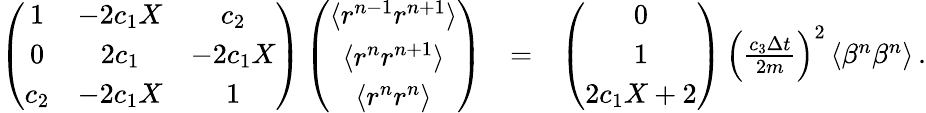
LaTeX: \begin{array}{rlr}{\left(\begin{array}{ccc}{1}&{-2c_{1}X}&{c_{2}}\\ {0}&{2c_{1}}&{-2c_{1}X}\\ {c_{2}}&{-2c_{1}X}&{1}\end{array}\right)\left(\begin{array}{c}{\langle r^{n-1}r^{n+1}\rangle}\\ {\langle r^{n}r^{n+1}\rangle}\\ {\langle r^{n}r^{n}\rangle}\end{array}\right)}&{=}&{\left(\begin{array}{c}{0}\\ {1}\\ {2c_{1}X+2}\end{array}\right)\, \left(\frac{c_{3}\Delta{t}}{2m}\right)^{2}\, \langle\beta^{n}\beta^{n}\rangle\, .}\end{array}